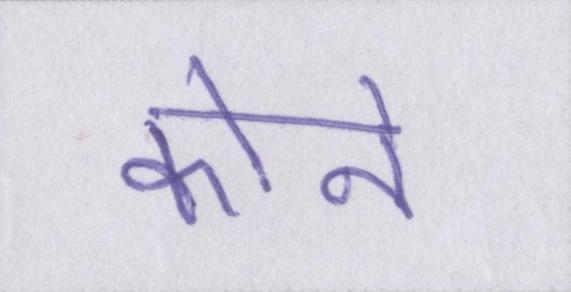
कोने